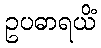
ဥပဓာရယိံ